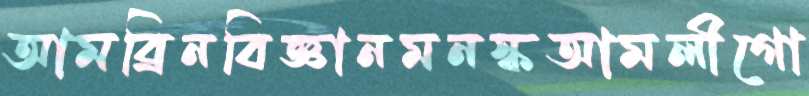
আমব্রিনবিজ্ঞানমনস্কআমলীগো